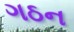
ગઠન